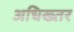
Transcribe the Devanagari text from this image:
अधिख्तर